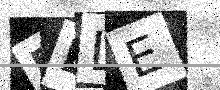
Text: RELE